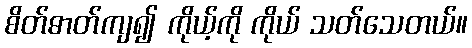
စိတ်ဓာတ်ကျ၍ ကိုယ့်ကို ကိုယ် သတ်သေတယ်။